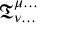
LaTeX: { \mathfrak { T } } _ { \nu \dots } ^ { \mu \dots }